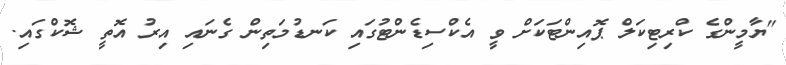
"ޔާމީންގެ ކްރިޓިކަލް ޕޮއިންޓަކަށް ވީ އެކްސިޑެންޓުގައި ކަނޑުމަތިން ގެނައި އިރު އޮތީ ޝޮކްގައި.